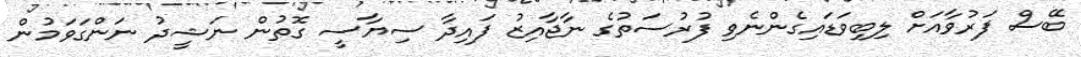
ބޭސް ފަރުވާއަށް ލިބިވަޑައިގެންނެވި ފުރުސަތުގެ ނާޖާއިޒު ފައިދާ ސިޔާސީ ގޮތުން ނަޝީދު ނަންގަވަމުން